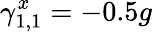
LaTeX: \gamma_{1,1}^{x}=-0.5g